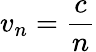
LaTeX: v_{n}={\frac{c}{n}}